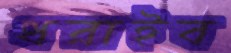
ধরাইব